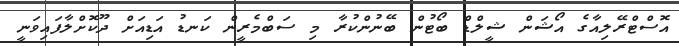
އޮސްޓްރޭލިއާގެ އޯޝަން ޝީލްޑް ބޯޓުން ބޭނުންކުރާ މި ސަބްމެރީން ކަނޑު އަޑިއަށް ދޫކޮށްލާފައިވަނީ